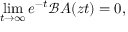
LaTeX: \operatorname* { l i m } _ { t \rightarrow \infty } e ^ { - t } { \mathcal { B } } A ( z t ) = 0 ,